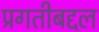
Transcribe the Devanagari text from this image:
प्रगतीबद्दल